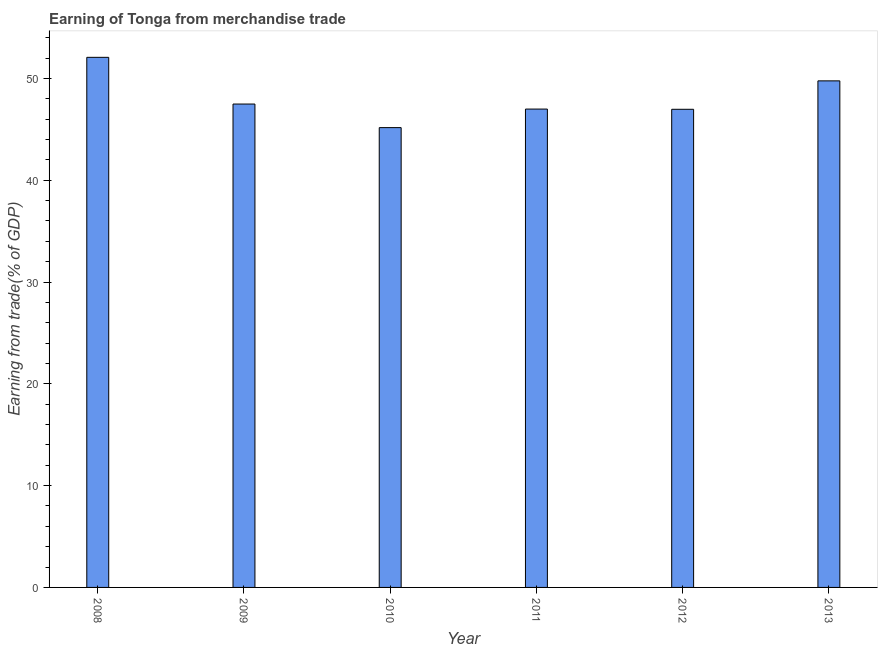
| Year | Merchandise trade |
 | --- | --- |
 | 2008 | 52.1 |
 | 2009 | 47.5 |
 | 2010 | 45.2 |
 | 2011 | 47 |
 | 2012 | 47 |
 | 2013 | 49.8 |